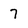
Character: 7